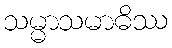
သမ္မာသမာဓိဿ